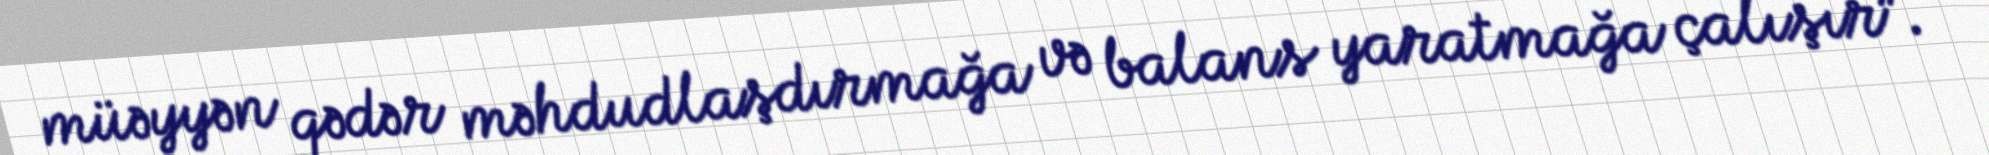
müəyyən qədər məhdudlaşdırmağa və balans yaratmağa çalışır”.